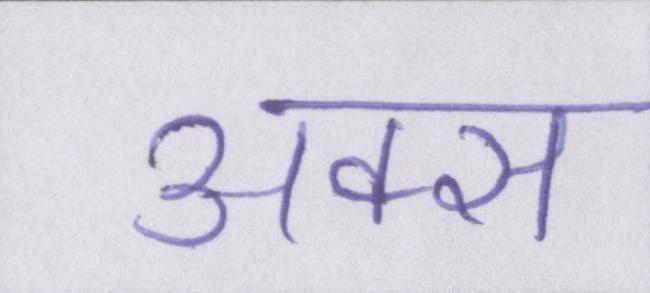
अक्स